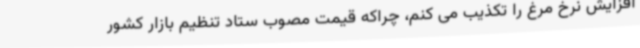
افزایش نرخ مرغ را تکذیب می کنم، چراکه قیمت مصوب ستاد تنظیم بازار کشور